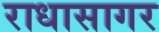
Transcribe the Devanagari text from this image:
राधासागर